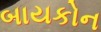
બાયકોન